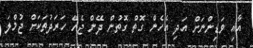
އާއި ވަޑިންނަށް އަދި އެހެން ގޮތް ގޮތުން ދޭން ޖެހޭ ހަރަދުތަކަށް ޖުމްލަ